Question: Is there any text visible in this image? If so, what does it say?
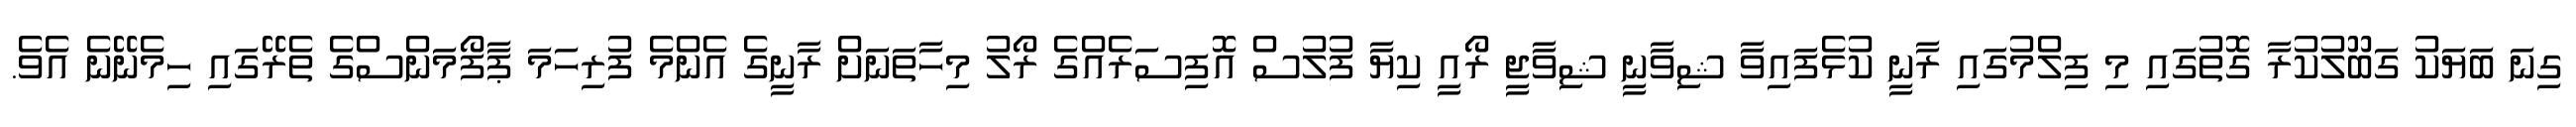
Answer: ގިނަ ބަޔަކު ގަބޫލުކުރާ ގޮތުގައި މި ފިލްމުގައި ރާނީ ކުޅެފައިވާ ޝިވާނީ ޝިވާޖީ ރޯއީ ކިޔާ ފުލުސް އޮފިސަރެއްގެ ރޯލު މިހާތަނަށް ރާނީގެ އެންމެ ފުރިހަމަ ޕާފޯމަންސްގެ ތެރޭގައި ހިމެނޭނެ އެވެ.